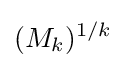
(M_{k})^{1/k}